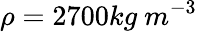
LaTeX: \rho=2700kg\ m^{-3}